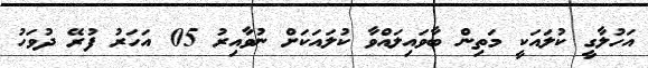
އަހުލާގީ ކުލައަކީ މަތިން ބާވައިލައްވާ ކުލައަކަށް ނުވާއިރު 05 އަހަރު ފުރޭ ދުވަހު